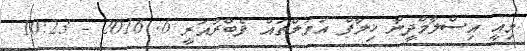
މިއީ އިސްލާމްދީނާ ޚިލާފް އަމަލްތައް ފެބްރުއަރީ 6